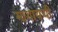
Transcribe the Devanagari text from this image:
मागायची